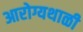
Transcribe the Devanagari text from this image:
आरोग्यथाळी